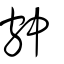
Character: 𡨌